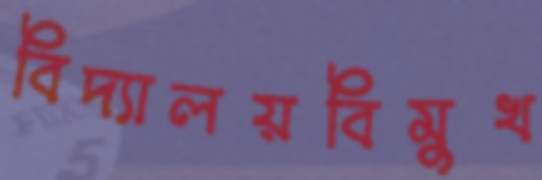
বিদ্যালয়বিমুখ